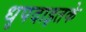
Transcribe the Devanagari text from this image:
धृपदाइतके